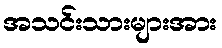
အသင်းသားများအား